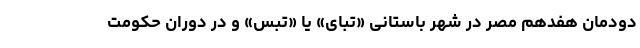
دودمان هفدهم مصر در شهر باستانی «تبای» یا «تبس» و در دوران حکومت